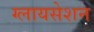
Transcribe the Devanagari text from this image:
ग्लायसेशन